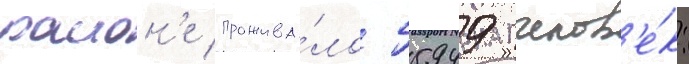
раион'е прожива́ло 55949 челов'е́к: